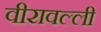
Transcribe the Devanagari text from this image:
वीरावल्ली